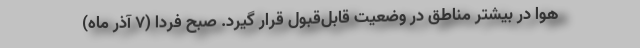
هوا در بیشتر مناطق در وضعیت قابل‌قبول قرار گیرد. صبح فردا (۷ آذر ماه)